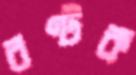
বণ্টক